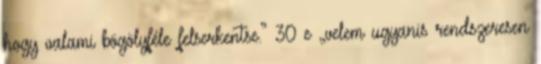
hogy valami bögölyféle felserkentse.” 30 e „velem ugyanis rendszeresen